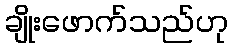
ချိုးဖောက်သည်ဟု